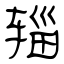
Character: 辎